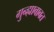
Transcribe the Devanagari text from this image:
गुन्ह्याबाबत